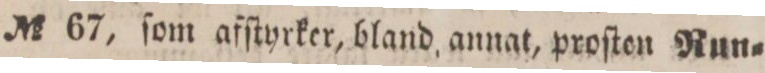
No 67, ſom afſtyrker, bland annat, proſten Run=